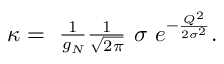
\begin{array} { r } { \kappa = \ \frac { 1 } { g _ { N } } \frac { 1 } { \sqrt { 2 \pi } } \ \sigma \ e ^ { - \frac { Q ^ { 2 } } { 2 \sigma ^ { 2 } } } . } \end{array}